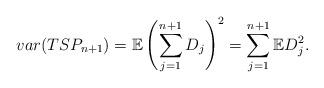
LaTeX: \begin{align*}var(TSP_{n+1}) = \mathbb{E}\left(\sum_{j=1}^{n+1} D_j\right)^2 = \sum_{j=1}^{n+1} \mathbb{E}D_j^2.\end{align*}